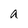
Character: a